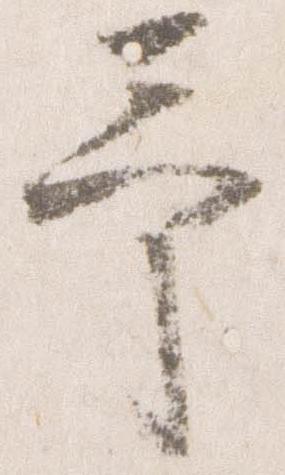
予